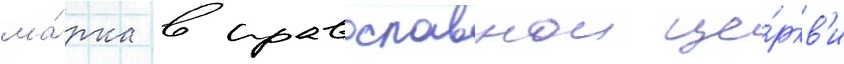
ма́рка в православнои це́ркв'и